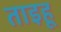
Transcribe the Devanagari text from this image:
ताइहू